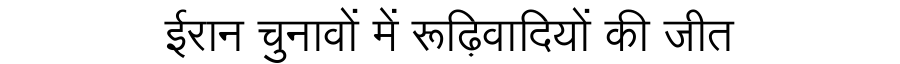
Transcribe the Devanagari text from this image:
ईरान चुनावों में रूढ़िवादियों की जीत